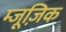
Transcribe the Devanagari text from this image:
म्जूज़िक